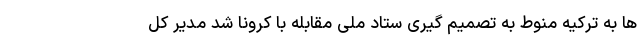
ها به ترکیه منوط به تصمیم گیری ستاد ملی مقابله با کرونا شد مدیر کل